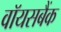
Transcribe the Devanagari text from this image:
वॉयसबैंक